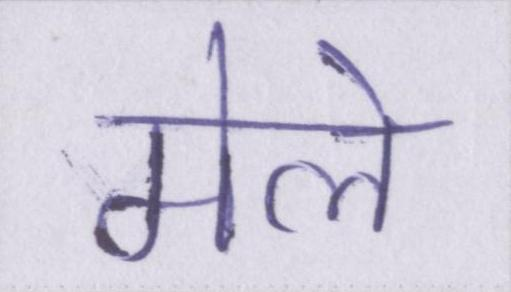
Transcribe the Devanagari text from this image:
मेले